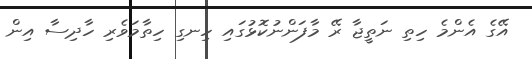
އޭގެ އެންމެ ހިތި ނަތީޖާ ރޭ މާފަންނުކޮޅުގައި ހިނގި ހިތާމަވެރި ހާދިސާ އިން